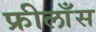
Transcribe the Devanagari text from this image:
फ्रीलाँस